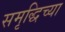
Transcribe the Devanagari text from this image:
समृद्धिच्या